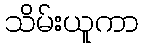
သိမ်းယူကာ